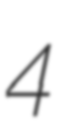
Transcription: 4